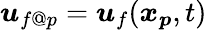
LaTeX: \boldsymbol{u}_{f@p}=\boldsymbol{u}_{f}(\boldsymbol{x_{p}},t)